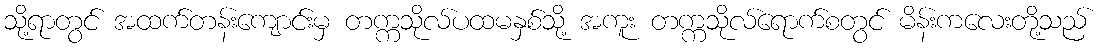
သို့ရာတွင် အထက်တန်းကျောင်းမှ တက္ကသိုလ်ပထမနှစ်သို့ အကူး တက္ကသိုလ်ရောက်စတွင် မိန်းကလေးတို့သည်